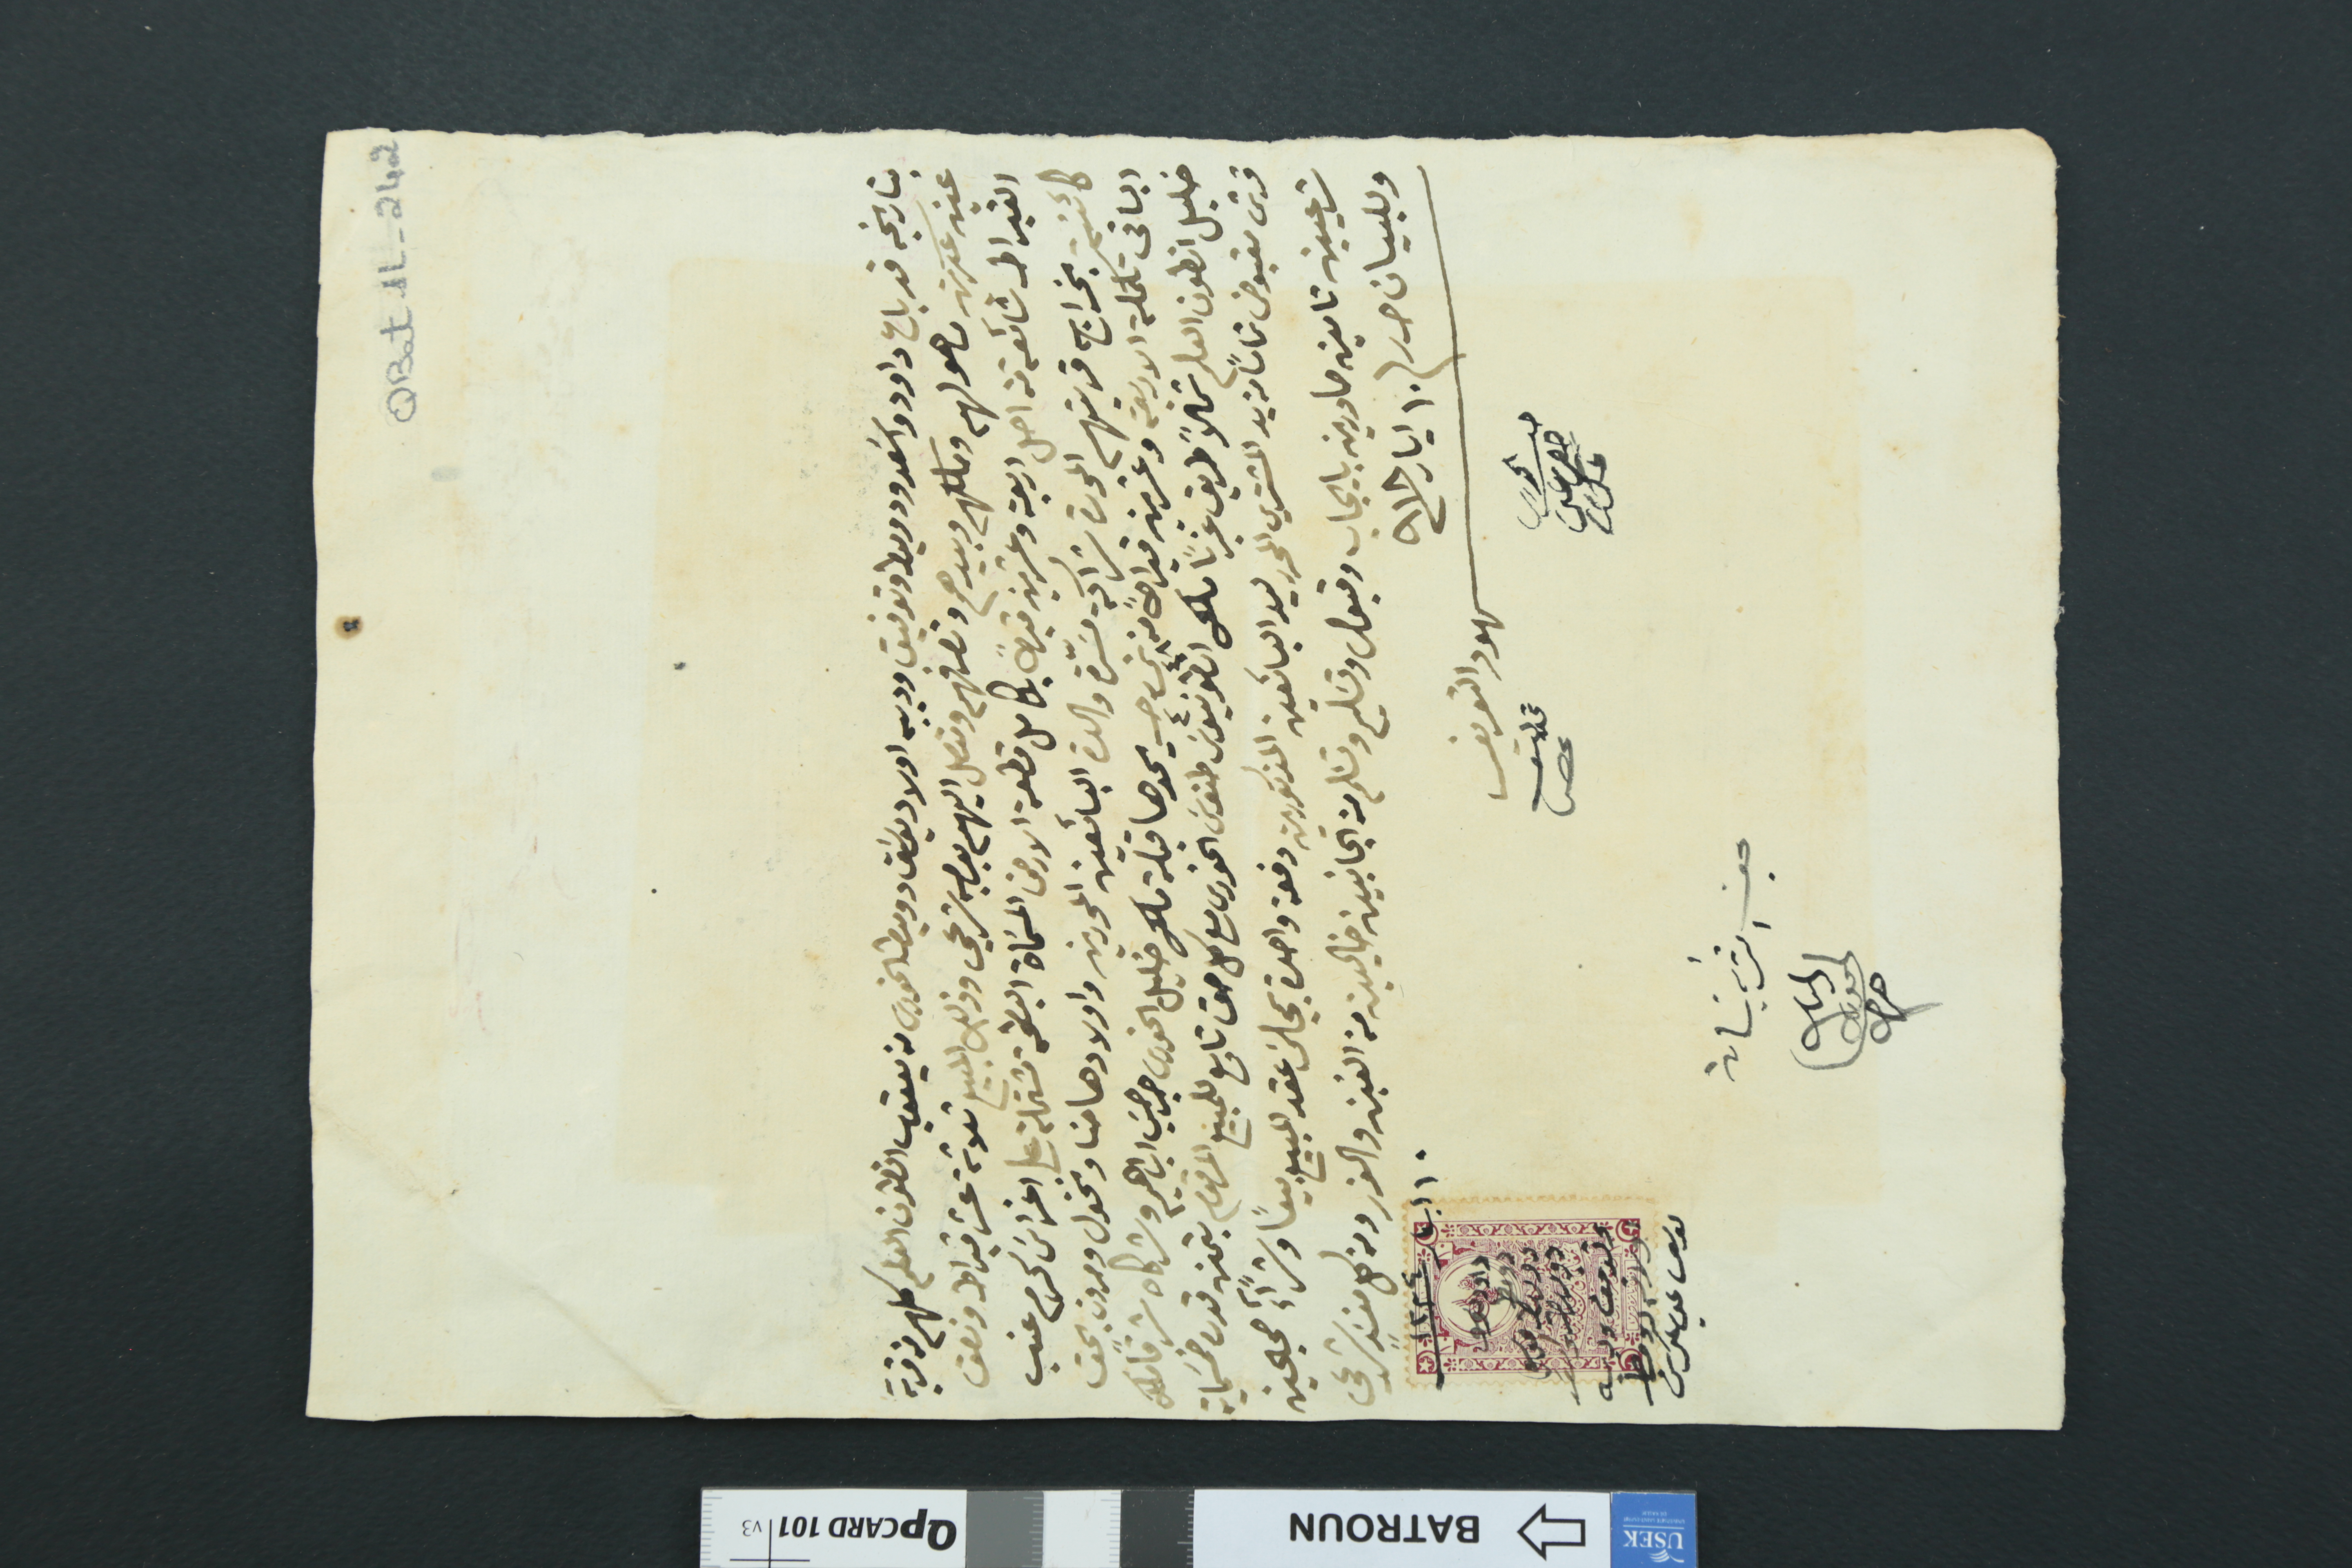
QBat1L-242
بتاريخه قد باع داود واسَعد ودوميط وتوفيق وديبه اولاد يوسَف دوميط الخورى من يعقوب انطون العلم كلهم من قرية
عين عكرين ما هو لهم وملكهم وبيدهم وتصرفهم ومتصل اليهم بوصي شرعي وذلك المبيع ثلاثة عشر قيراط ونصف
القيراط شائعة من اصل اربعة وعشرين قيراطاً بكامل قطعة الارض المسَماة البطمة مشتملة على اغراسَ كرم عنب
كائنة بخراج قريتهم الحدث شراكة مسَرّة والدة البائعين المحررين واولادها حنا ونخول ومرون بحق
الباقى تكملة الاربعة وعشرين قيراطاً من شى ٤٨ حـ ٤ يحدها قبلة ملك خليل الخورى جرجسَ ابراهيم وشركاه شرقاً ملك
خليل انطون العلم شمالاً طريق غرباً ملك انطونيوسَ طنوسَ الخورى مع كل حق تابع للمبيع المرقوم بثمن قدره خمسَماية
قرش مقبوض تماماً من يد المشتري المحرر ليد البائعين المذكورين دفعة واحدة بمجلسَ عقد المبيع بيعاً وشرآءً صحيحين
شرعيين تامين صادرين بايجاب وقبول وتسَليم وتسَلم من الجانبين خاليين من الغبن والغرر ومن كل سنَدٍ شرعي
وللبيان حرر / ١٠ ايار سنة ٩١٨
شهود التعريف
١٠ ايار سنة ١٢٢٤
داوود موسى دومط دوميط موسى دوميط واسعد وتوفيق وديبه هيلانه دوميط يوسف عن